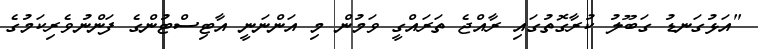
"އަޅުގަނޑު ގަބޫލު ކުރާގޮތުގައި ރާއްޖެ ތަރައްގީ ވަމުން މި އަންނަނީ އާޓިސްޓުންގެ ފަންނުވެރިކަމުގެ